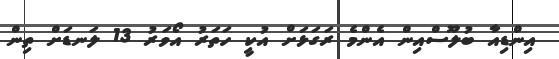
އިންޑިއާ ބުލޫސްއިން އެންމެ ރަގަޅަށް އުކީ ހަތަރު އޯވަރު 13 ލަނޑަށް ތިން